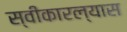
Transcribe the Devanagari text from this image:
स्वीकारल्यास